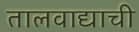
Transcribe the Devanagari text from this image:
तालवाद्याची